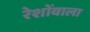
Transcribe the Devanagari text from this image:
रेशोंवाला